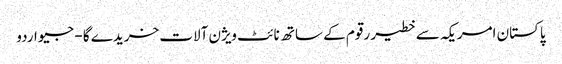
پاکستان امریکہ سے خطیر رقوم کے ساتھ نائٹ ویژن آلات خریدے گا - جیو اردو